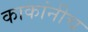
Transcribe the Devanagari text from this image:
काकांनीच